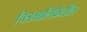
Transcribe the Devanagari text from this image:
चित्रमालिकेतील